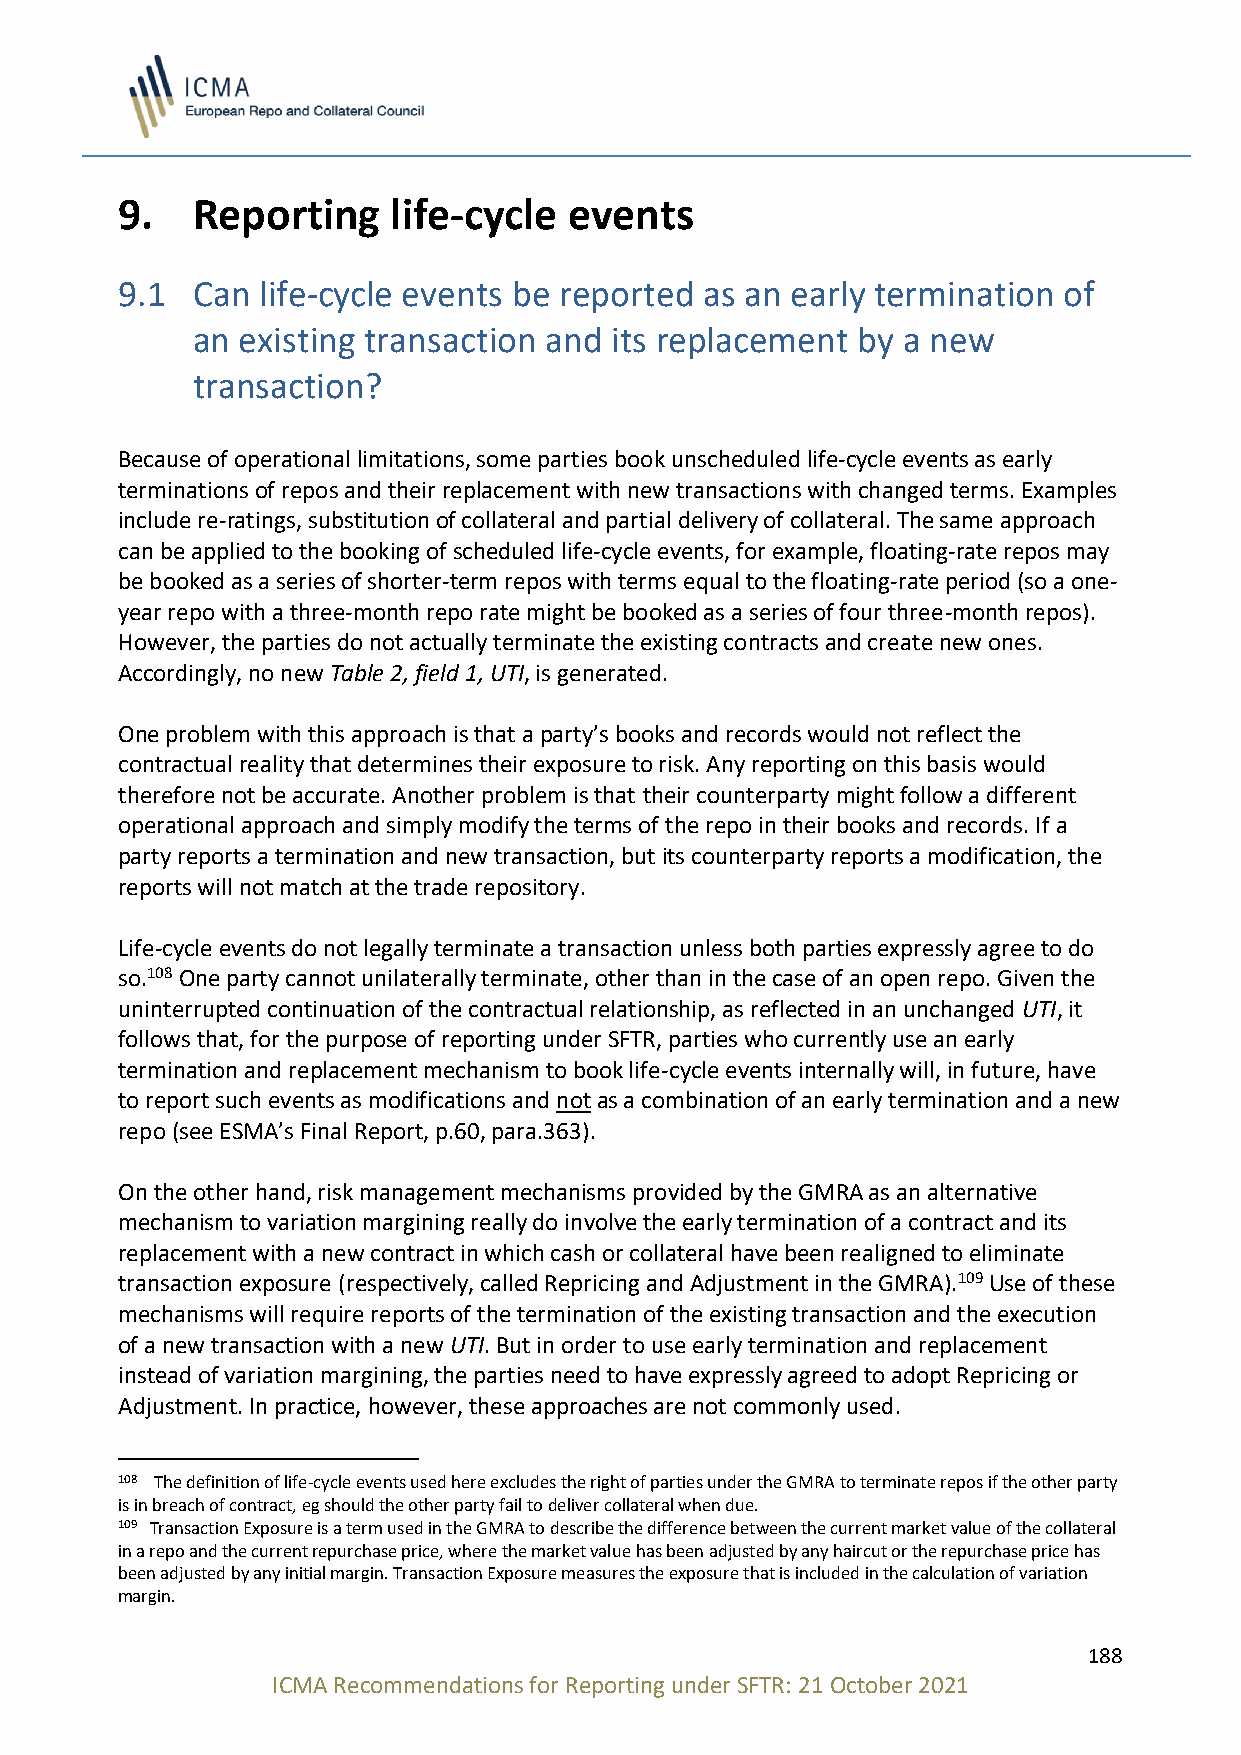
9.   Reporting    life-cycle  events
 9.1  Can life-cycle events be reported as an early termination of
 an existing transaction and its replacement by a new
 transaction?
 Because of operational limitations, some parties book unscheduled life-cycle events as early
 terminations of repos and their replacement with new transactions with changed terms. Examples
 include re-ratings, substitution of collateral and partial delivery of collateral. The same approach
 can be applied to the booking of scheduled life-cycle events, for example, floating-rate repos may
 be booked as a series of shorter-term repos with terms equal to the floating-rate period (so a one-
 year repo with a three-month repo rate might be booked as a series of four three-month repos).
 However, the parties do not actually terminate the existing contracts and create new ones.
 Accordingly, no new Table 2, field 1, UTI, is generated.
 One problem with this approach is that a party’s books and records would not reflect the
 contractual reality that determines their exposure to risk. Any reporting on this basis would
 therefore not be accurate. Another problem is that their counterparty might follow a different
 operational approach and simply modify the terms of the repo in their books and records. If a
 party reports a termination and new transaction, but its counterparty reports a modification, the
 reports will not match at the trade repository.
 Life-cycle events do not legally terminate a transaction unless both parties expressly agree to do
 so.108 One party cannot unilaterally terminate, other than in the case of an open repo. Given the
 uninterrupted continuation of the contractual relationship, as reflected in an unchanged UTI, it
 follows that, for the purpose of reporting under SFTR, parties who currently use an early
 termination and replacement mechanism to book life-cycle events internally will, in future, have
 to report such events as modifications and not as a combination of an early termination and a new
 repo (see ESMA’s Final Report, p.60, para.363).
 On the other hand, risk management mechanisms provided by the GMRA as an alternative
 mechanism to variation margining really do involve the early termination of a contract and its
 replacement with a new contract in which cash or collateral have been realigned to eliminate
 transaction exposure (respectively, called Repricing and Adjustment in the GMRA).109 Use of these
 mechanisms will require reports of the termination of the existing transaction and the execution
 of a new transaction with a new UTI. But in order to use early termination and replacement
 instead of variation margining, the parties need to have expressly agreed to adopt Repricing or
 Adjustment. In practice, however, these approaches are not commonly used.
 108 The definition of life-cycle events used here excludes the right of parties under the GMRA to terminate repos if the other party
 is in breach of contract, eg should the other party fail to deliver collateral when due.
 109 Transaction Exposure is a term used in the GMRA to describe the difference between the current market value of the collateral
 in a repo and the current repurchase price, where the market value has been adjusted by any haircut or the repurchase price has
 been adjusted by any initial margin. Transaction Exposure measures the exposure that is included in the calculation of variation
 margin.
 188
 ICMA Recommendations for Reporting under SFTR: 21 October 2021